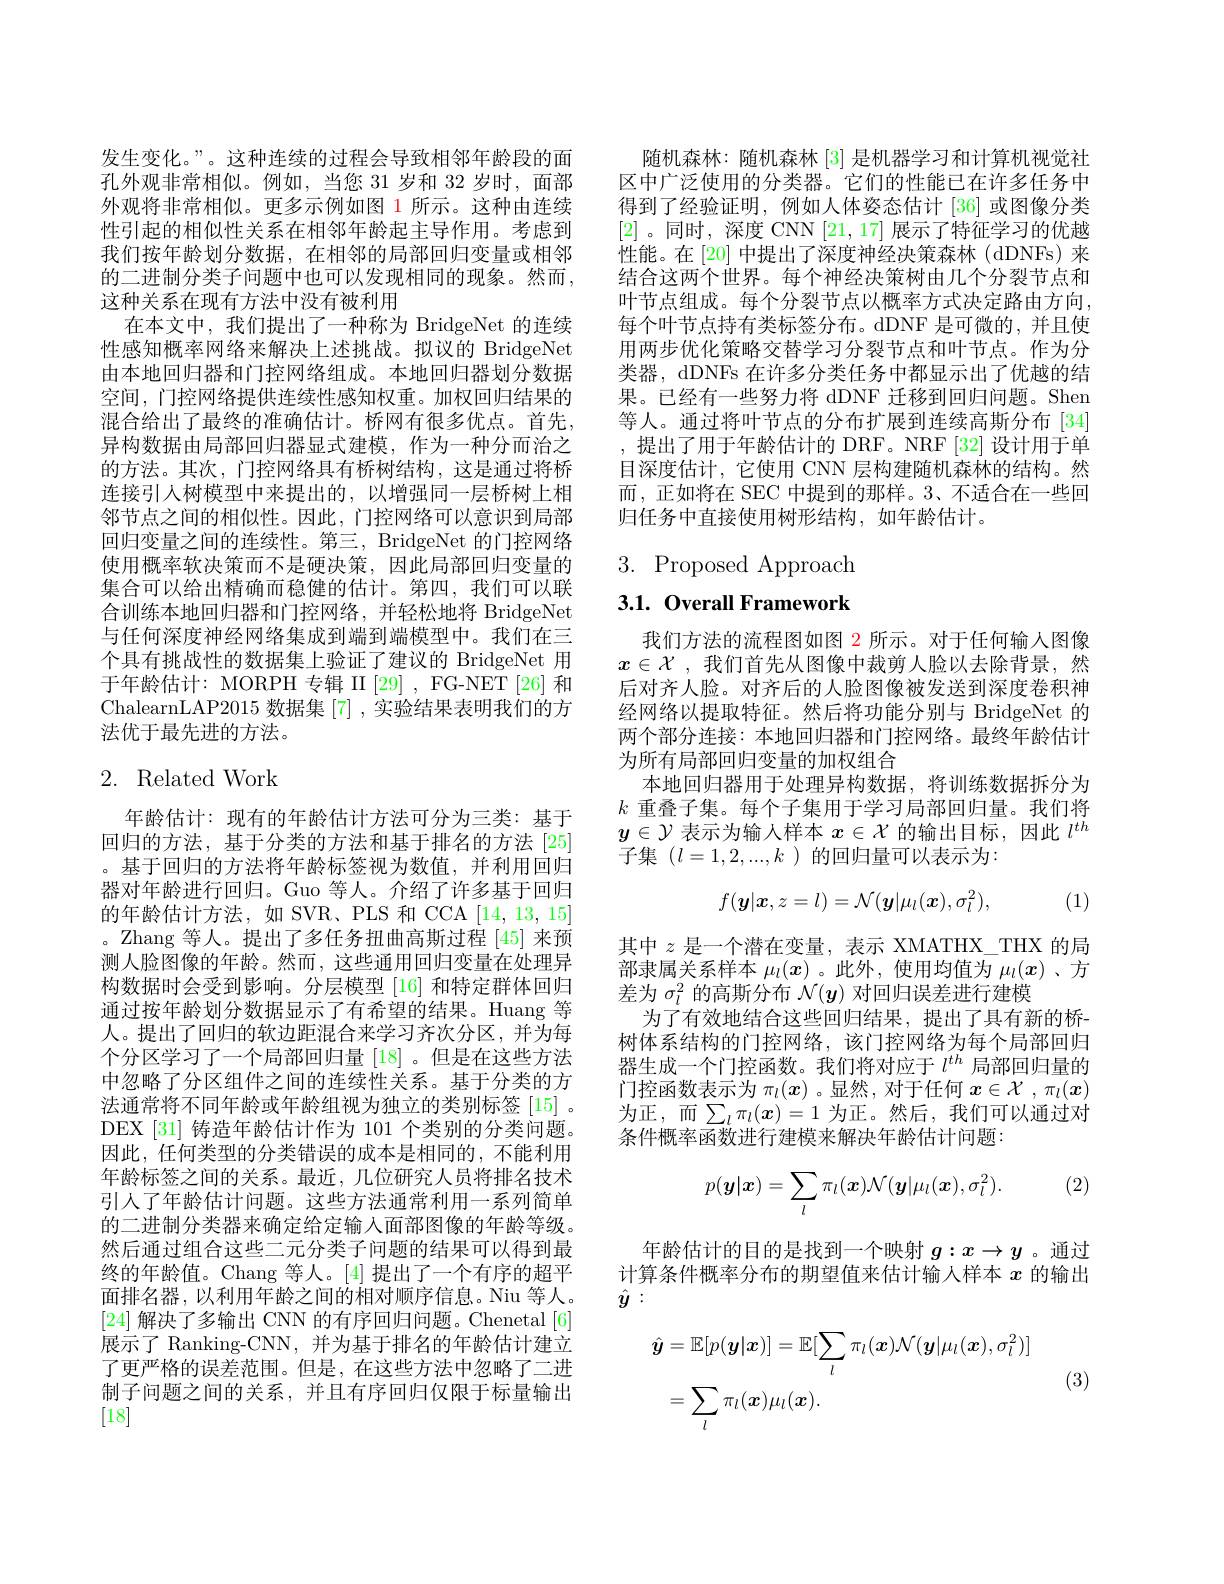
发生变化。”。这种连续的过程会导致相邻年龄段的面孔外观非常相似。例如，当您 31岁和 32 岁时，面部外观将非常相似。更多示例如图 1 所示。这种由连续性引起的相似性关系在相邻年龄起主导作用。考虑到我们按年龄划分数据，在相邻的局部回归变量或相邻的二进制分类子问题中也可以发现相同的现象。然而， 这种关系在现有方法中没有被利用
在本文中，我们提出了一种称为 BridgeNet 的连续性感知概率网络来解决上述挑战。拟议的 BridgeNet 由本地回归器和门控网络组成。本地回归器划分数据空间，门控网络提供连续性感知权重。加权回归结果的混合给出了最终的准确估计。桥网有很多优点。首先， 异构数据由局部回归器显式建模，作为一种分而治之的方法。其次，门控网络具有桥树结构，这是通过将桥连接引人树模型中来提出的，以增强同一层桥树上相邻节点之间的相似性。因此，门控网络可以意识到局部回归变量之间的连续性。第三，BridgeNet 的门控网络使用概率软决策而不是硬决策，因此局部回归变量的集合可以给出精确而稳健的估计。第四，我们可以联合训练本地回归器和门控网络，并轻松地将 BridgeNet 与任何深度神经网络集成到端到端模型中。我们在三个具有挑战性的数据集上验证了建议的 BridgeNet 用于年龄估计：MORPH 专辑 II [29] , FG-NET [26] 和ChalearnLAP2015 数据集[7] ,实验结果表明我们的方法优于最先进的方法。

# 2. Related Work

年龄估计：现有的年龄估计方法可分为三类：基于回归的方法，基于分类的方法和基于排名的方法[25] 。基于回归的方法将年龄标签视为数值，并利用回归器对年龄进行回归。Guo 等人。介绍了许多基于回归的年龄估计方法，如 SVR、PLS 和 CCA [14,13,15] 。Zhang 等人。提出了多任务扭曲高斯过程 [45] 来预测人脸图像的年龄。然而，这些通用回归变量在处理异构数据时会受到影响。分层模型[16] 和特定群体回归通过按年龄划分数据显示了有希望的结果。Huang 等人。提出了回归的软边距混合来学习齐次分区，并为每个分区学习了一个局部回归量[18] 。但是在这些方法中忽略了分区组件之间的连续性关系。基于分类的方法通常将不同年龄或年龄组视为独立的类别标签 [15] 。DEX [31] 铸造年龄估计作为 101 个类别的分类问题。因此，任何类型的分类错误的成本是相同的，不能利用年龄标签之间的关系。最近，几位研究人员将排名技术引人了年龄估计问题。这些方法通常利用一系列简单的二进制分类器来确定给定输入面部图像的年龄等级。然后通过组合这些二元分类子问题的结果可以得到最终的年龄值。Chang 等人。[4]提出了一个有序的超平面排名器，以利用年龄之间的相对顺序信息。Niu 等人。[24]解决了多输出 CNN 的有序回归问题。Chenetal [6] 展示了 Ranking-CNN,并为基于排名的年龄估计建立了更严格的误差范围。但是，在这些方法中忽略了二进制子问题之间的关系，并且有序回归仅限于标量输出[18]

随机森林：随机森林[3]是机器学习和计算机视觉社区中广泛使用的分类器。它们的性能已在许多任务中得到了经验证明，例如人体姿态估计 [36] 或图像分类[2]。同时，深度 CNN [21,17]展示了特征学习的优越性能。在 [20] 中提出了深度神经决策森林 (dDNFs) 来结合这两个世界。每个神经决策树由几个分裂节点和叶节点组成。每个分裂节点以概率方式决定路由方向， 每个叶节点持有类标签分布。dDNF 是可微的，并且使用两步优化策略交替学习分裂节点和叶节点。作为分类器，dDNFs 在许多分类任务中都显示出了优越的结果。已经有一些努力将 dDNF 迁移到回归问题。Shen 等人。通过将叶节点的分布扩展到连续高斯分布[34] ,提出了用于年龄估计的 DRF。NRF[32]设计用于单目深度估计，它使用 CNN 层构建随机森林的结构。然而，正如将在 SEC 中提到的那样。3、不适合在一些回归任务中直接使用树形结构，如年龄估计。

$3.{\mathrm{Proposed~Approach}}$

$3. 1. \textbf{ Overall Framework}$

我们方法的流程图如图 2 所示。对于任何输入图像$x\in\mathcal{X}$ ,我们首先从图像中裁剪人脸以去除背景，然后对齐人脸。对齐后的人脸图像被发送到深度卷积神经网络以提取特征。然后将功能分别与 BridgeNet 的两个部分连接：本地回归器和门控网络。最终年龄估计为所有局部回归变量的加权组合
本地回归器用于处理异构数据，将训练数据拆分为$k$重叠子集。每个子集用于学习局部回归量。我们将$y\in\mathcal{Y}$表示为输入样本$x\in\mathcal{X}$的输出目标，因此$l^{th}$ 子集$(l=1,2,...,k)$的回归量可以表示为：
$$f(\boldsymbol{y}|\boldsymbol{x},z=l)=\mathcal{N}(\boldsymbol{y}|\mu_l(\boldsymbol{x}),\sigma_l^2),$$
(1)

其中$z$是一个潜在变量，表示 XMATHX\_THX 的局部隶属关系样本$\mu_l(x)$ 。此外，使用均值为$\mu_l(x)$ 、方差为$\sigma_l^2$的高斯分布$\mathcal{N}(\boldsymbol{y})$对回归误差进行建模
为了有效地结合这些回归结果，提出了具有新的桥树体系结构的门控网络，该门控网络为每个局部回归器生成一个门控函数。我们将对应于$l^{th}$局部回归量的门控函数表示为$\pi_l(x)$ 。显然，对于任何$x\in\mathcal{X},\pi_l(x)$ 为正，而$\sum_l\pi_l(\boldsymbol{x})=1$ 为正。然后，我们可以通过对条件概率函数进行建模来解决年龄估计问题：

(2)
$$p(\boldsymbol{y}|\boldsymbol{x})=\sum_l\pi_l(\boldsymbol{x})\mathcal{N}(\boldsymbol{y}|\mu_l(\boldsymbol{x}),\sigma_l^2).$$
年龄估计的目的是找到一个映射$g:x\to y$ 。通过计算条件概率分布的期望值来估计输入样本$x$的输出$\hat{y}:$
$$\begin{aligned}\hat{\boldsymbol{y}}&=\mathbb{E}[p(\boldsymbol{y}|\boldsymbol{x})]=\mathbb{E}[\sum_l\pi_l(\boldsymbol{x})\mathcal{N}(\boldsymbol{y}|\mu_l(\boldsymbol{x}),\sigma_l^2)]\\&=\sum_{l}\pi_{l}(\boldsymbol{x})\mu_{l}(\boldsymbol{x}).\end{aligned}$$
(3)